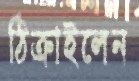
ঠিক্‌রাইলেন